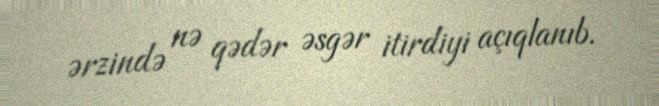
ərzində nə qədər əsgər itirdiyi açıqlanıb.